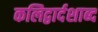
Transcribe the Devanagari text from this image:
कलिद्वार्दशाब्द